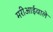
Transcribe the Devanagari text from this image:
मरीआईवाले